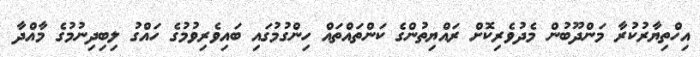
އިހްތިޔާރުކުރާ މަންދޫބުން މެދުވެރިކޮށް ރައްޔިތުންގެ ކަންތައްތައް ހިންގުމުގައި ބައިވެރިވުމުގެ ހައްގު ލިބިދިނުމުގެ މާއްދާ